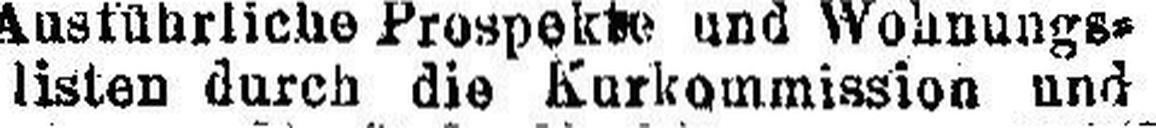
listen durch die Kurkommission und